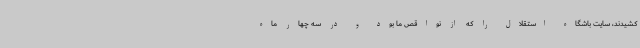
کشیدند، سایت باشگاه استقلال را که از نواقص ما بود و در سه چهار ماه